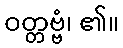
ဝတ္တဗ္ဗံ၊ ၏။